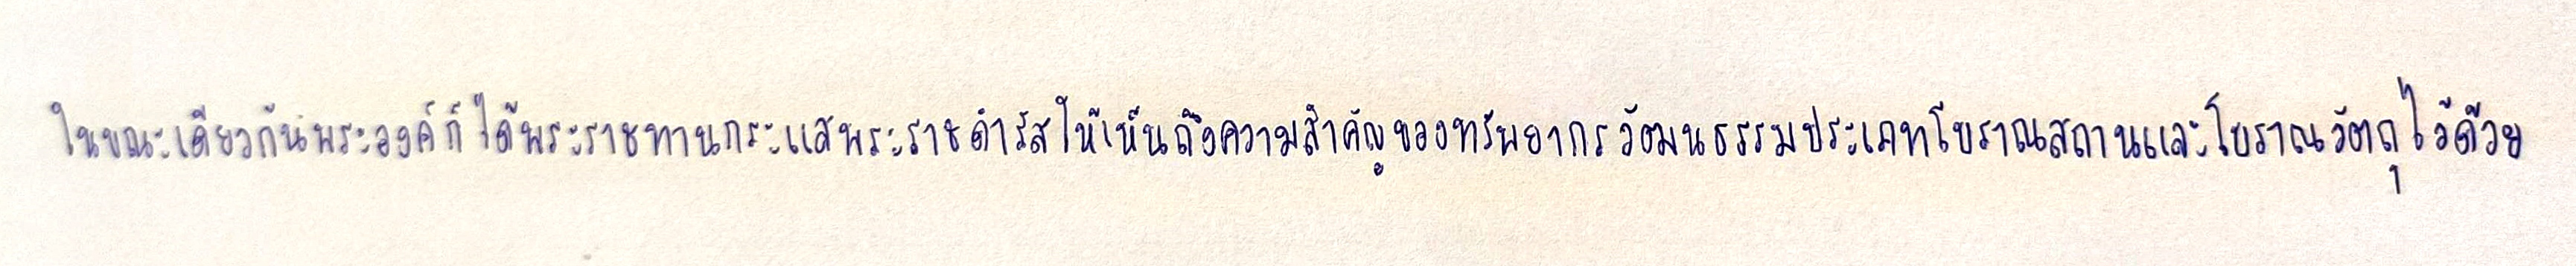
ในขณะเดียวกันพระองค์ก็ได้พระราชทานกระแสพระราชดำรัสให้เห็นถึงความสำคัญของทรัพยากรวัฒนธรรมประเภทโบราณสถานและโบราณวัตถุไว้ด้วย